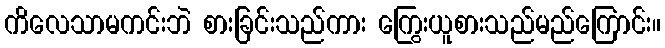
ကိလေသာမကင်းဘဲ စားခြင်းသည်ကား ကြွေးယူစားသည်မည်ကြောင်း။